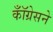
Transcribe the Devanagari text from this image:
कॉँग्रेसने